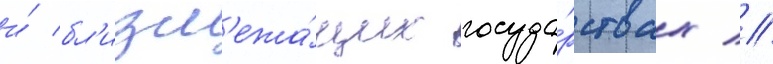
и́ бл'изл'ежа́щих госуда́рствах //